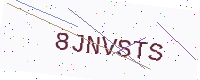
Text: 8JNVSTS